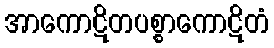
အာကောဋိတပစ္စာကောဋိတံ